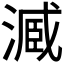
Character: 𣻟